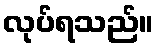
လုပ်ရသည်။